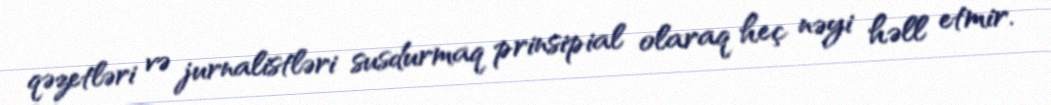
qəzetləri və jurnalistləri susdurmaq prinsipial olaraq heç nəyi həll etmir.